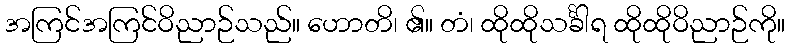
အကြင်အကြင်ဝိညာဉ်သည်။ ဟောတိ၊ ၏။ တံ၊ ထိုထိုသင်္ခါရ ထိုထိုဝိညာဉ်ကို။